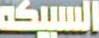
السبيكة